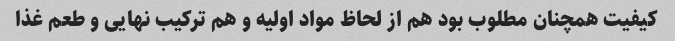
کیفیت همچنان مطلوب بود هم از لحاظ مواد اولیه و هم ترکیب نهایی و طعم غذا